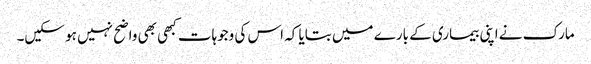
مارک نے اپنی بیماری کے بارے میں بتایا کہ اس کی وجوہات کبھی بھی واضح نہیں ہو سکیں۔